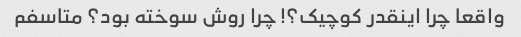
واقعا چرا اینقدر کوچیک؟! چرا روش سوخته بود؟ متاسفم